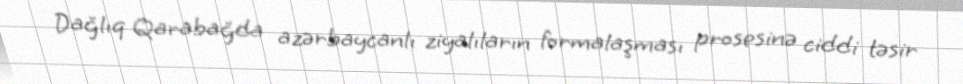
Dağlıq Qarabağda azərbaycanlı ziyalıların formalaşması prosesinə ciddi təsir